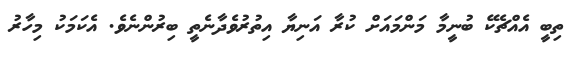
ތިބީ އެއްޗެކޭ ބުނީމާ މަންމައަށް ކުރާ އަނިޔާ އިތުރުވެދާނެތީ ބިރުންނެވެ. އެކަމަކު މިހާރު